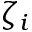
\zeta _ { i }